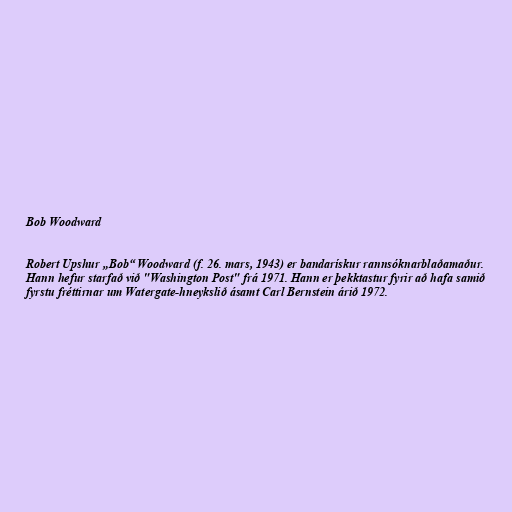
Bob Woodward

Robert Upshur „Bob“ Woodward (f. 26. mars, 1943) er bandarískur rannsóknarblaðamaður.
Hann hefur starfað við "Washington Post" frá 1971. Hann er þekktastur fyrir að hafa samið
fyrstu fréttirnar um Watergate-hneykslið ásamt Carl Bernstein árið 1972.